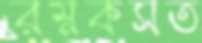
রম্নকসত